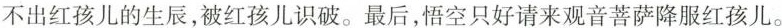
不出红孩儿的生辰，被红孩儿识破。最后，悟空只好请来观音菩萨降服红孩儿。